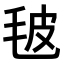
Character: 𣬼